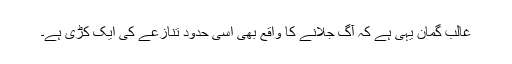
غالب گمان یہی ہے کہ آگ جلانے کا واقع بھی اسی حدود تنازعے کی ایک کڑی ہے۔